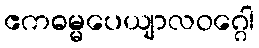
ဧကဓမ္မပေယျာလဝဂ္ဂေါ